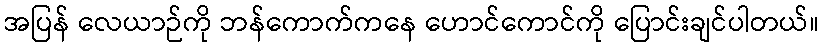
အပြန် လေယာဉ်ကို ဘန်ကောက်ကနေ ဟောင်ကောင်ကို ပြောင်းချင်ပါတယ်။